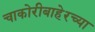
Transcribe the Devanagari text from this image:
चाकोरीबाहेरच्या